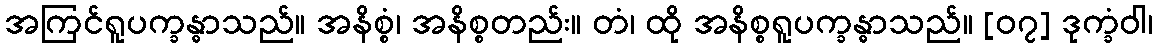
အကြင်ရူပက္ခန္ဓာသည်။ အနိစ္စံ၊ အနိစ္စတည်း။ တံ၊ ထို အနိစ္စရူပက္ခန္ဓာသည်။ [၀၇] ဒုက္ခံဝါ၊